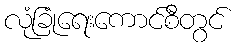
လုံခြုံရေးကောင်စီတွင်